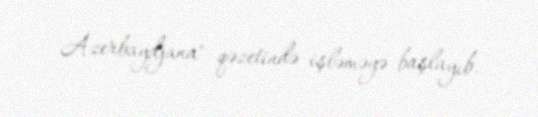
Azerbaydjana" qəzetində işləməyə başlayıb.